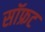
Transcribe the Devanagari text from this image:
सॉफ्रट